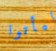
ليأتوا